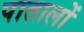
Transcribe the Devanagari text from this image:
पातालों